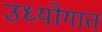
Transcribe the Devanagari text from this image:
उध्योगात